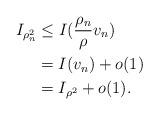
LaTeX: \begin{align*}I_{\rho_{n}^{2}}&\le I(\frac{\rho_{n}}{\rho}v_{n})\\&=I(v_{n})+o(1)\\&=I_{\rho^{2}}+o(1).\end{align*}